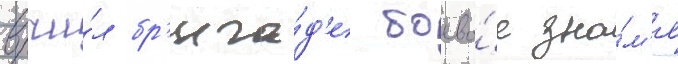
вручи́л бр'ига́д'е боево́е зна́м'я